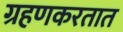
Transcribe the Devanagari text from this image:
ग्रहणकरतात